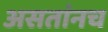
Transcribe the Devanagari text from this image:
असतांनच